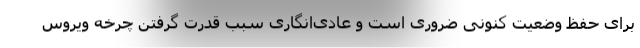
برای حفظ وضعیت کنونی ضروری است و عادی‌انگاری سبب قدرت گرفتن چرخه ویروس